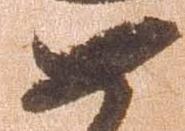
如